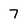
Character: 7